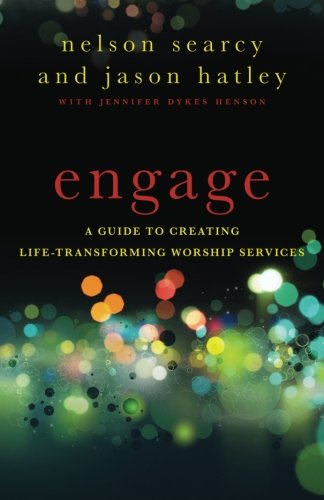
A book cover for Engage: A Guide to Creating Life-Transforming Worship Services; Nelson Searcy; Christian Books & Bibles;